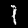
Digit: 1